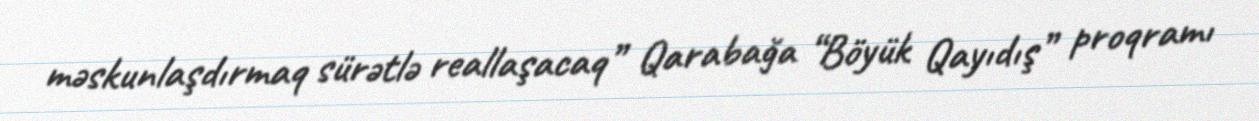
məskunlaşdırmaq sürətlə reallaşacaq” Qarabağa “Böyük Qayıdış” proqramı